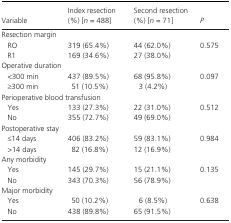
<table><thead><tr><td><b>Variable</b></td><td><b>Index resection (%) [<i>n</i> = 488]</b></td><td><b>Second resection (%) [<i>n</i> = 71]</b></td><td><b><i>P</i></b></td></tr></thead><tbody><tr><td colspan="4">Resection margin</td></tr><tr><td>RO</td><td>319 (65.4%)</td><td>44 (62.0%)</td><td>0.575</td></tr><tr><td>R1</td><td>169 (34.6%)</td><td>27 (38.0%)</td><td> </td></tr><tr><td colspan="4">Operative duration</td></tr><tr><td>&lt;300 min</td><td>437 (89.5%)</td><td>68 (95.8%)</td><td>0.097</td></tr><tr><td>≥300 min</td><td>51 (10.5%)</td><td>3 (4.2%)</td><td> </td></tr><tr><td colspan="4">Perioperative blood transfusion</td></tr><tr><td>Yes</td><td>133 (27.3%)</td><td>22 (31.0%)</td><td>0.512</td></tr><tr><td>No</td><td>355 (72.7%)</td><td>49 (69.0%)</td><td> </td></tr><tr><td colspan="4">Postoperative stay</td></tr><tr><td>≤14 days</td><td>406 (83.2%)</td><td>59 (83.1%)</td><td>0.984</td></tr><tr><td>&gt;14 days</td><td>82 (16.8%)</td><td>12 (16.9%)</td><td> </td></tr><tr><td colspan="4">Any morbidity</td></tr><tr><td>Yes</td><td>145 (29.7%)</td><td>15 (21.1%)</td><td>0.135</td></tr><tr><td>No</td><td>343 (70.3%)</td><td>56 (78.9%)</td><td> </td></tr><tr><td colspan="4">Major morbidity</td></tr><tr><td>Yes</td><td>50 (10.2%)</td><td>6 (8.5%)</td><td>0.638</td></tr><tr><td>No</td><td>438 (89.8%)</td><td>65 (91.5%)</td><td> </td></tr></tbody></table>